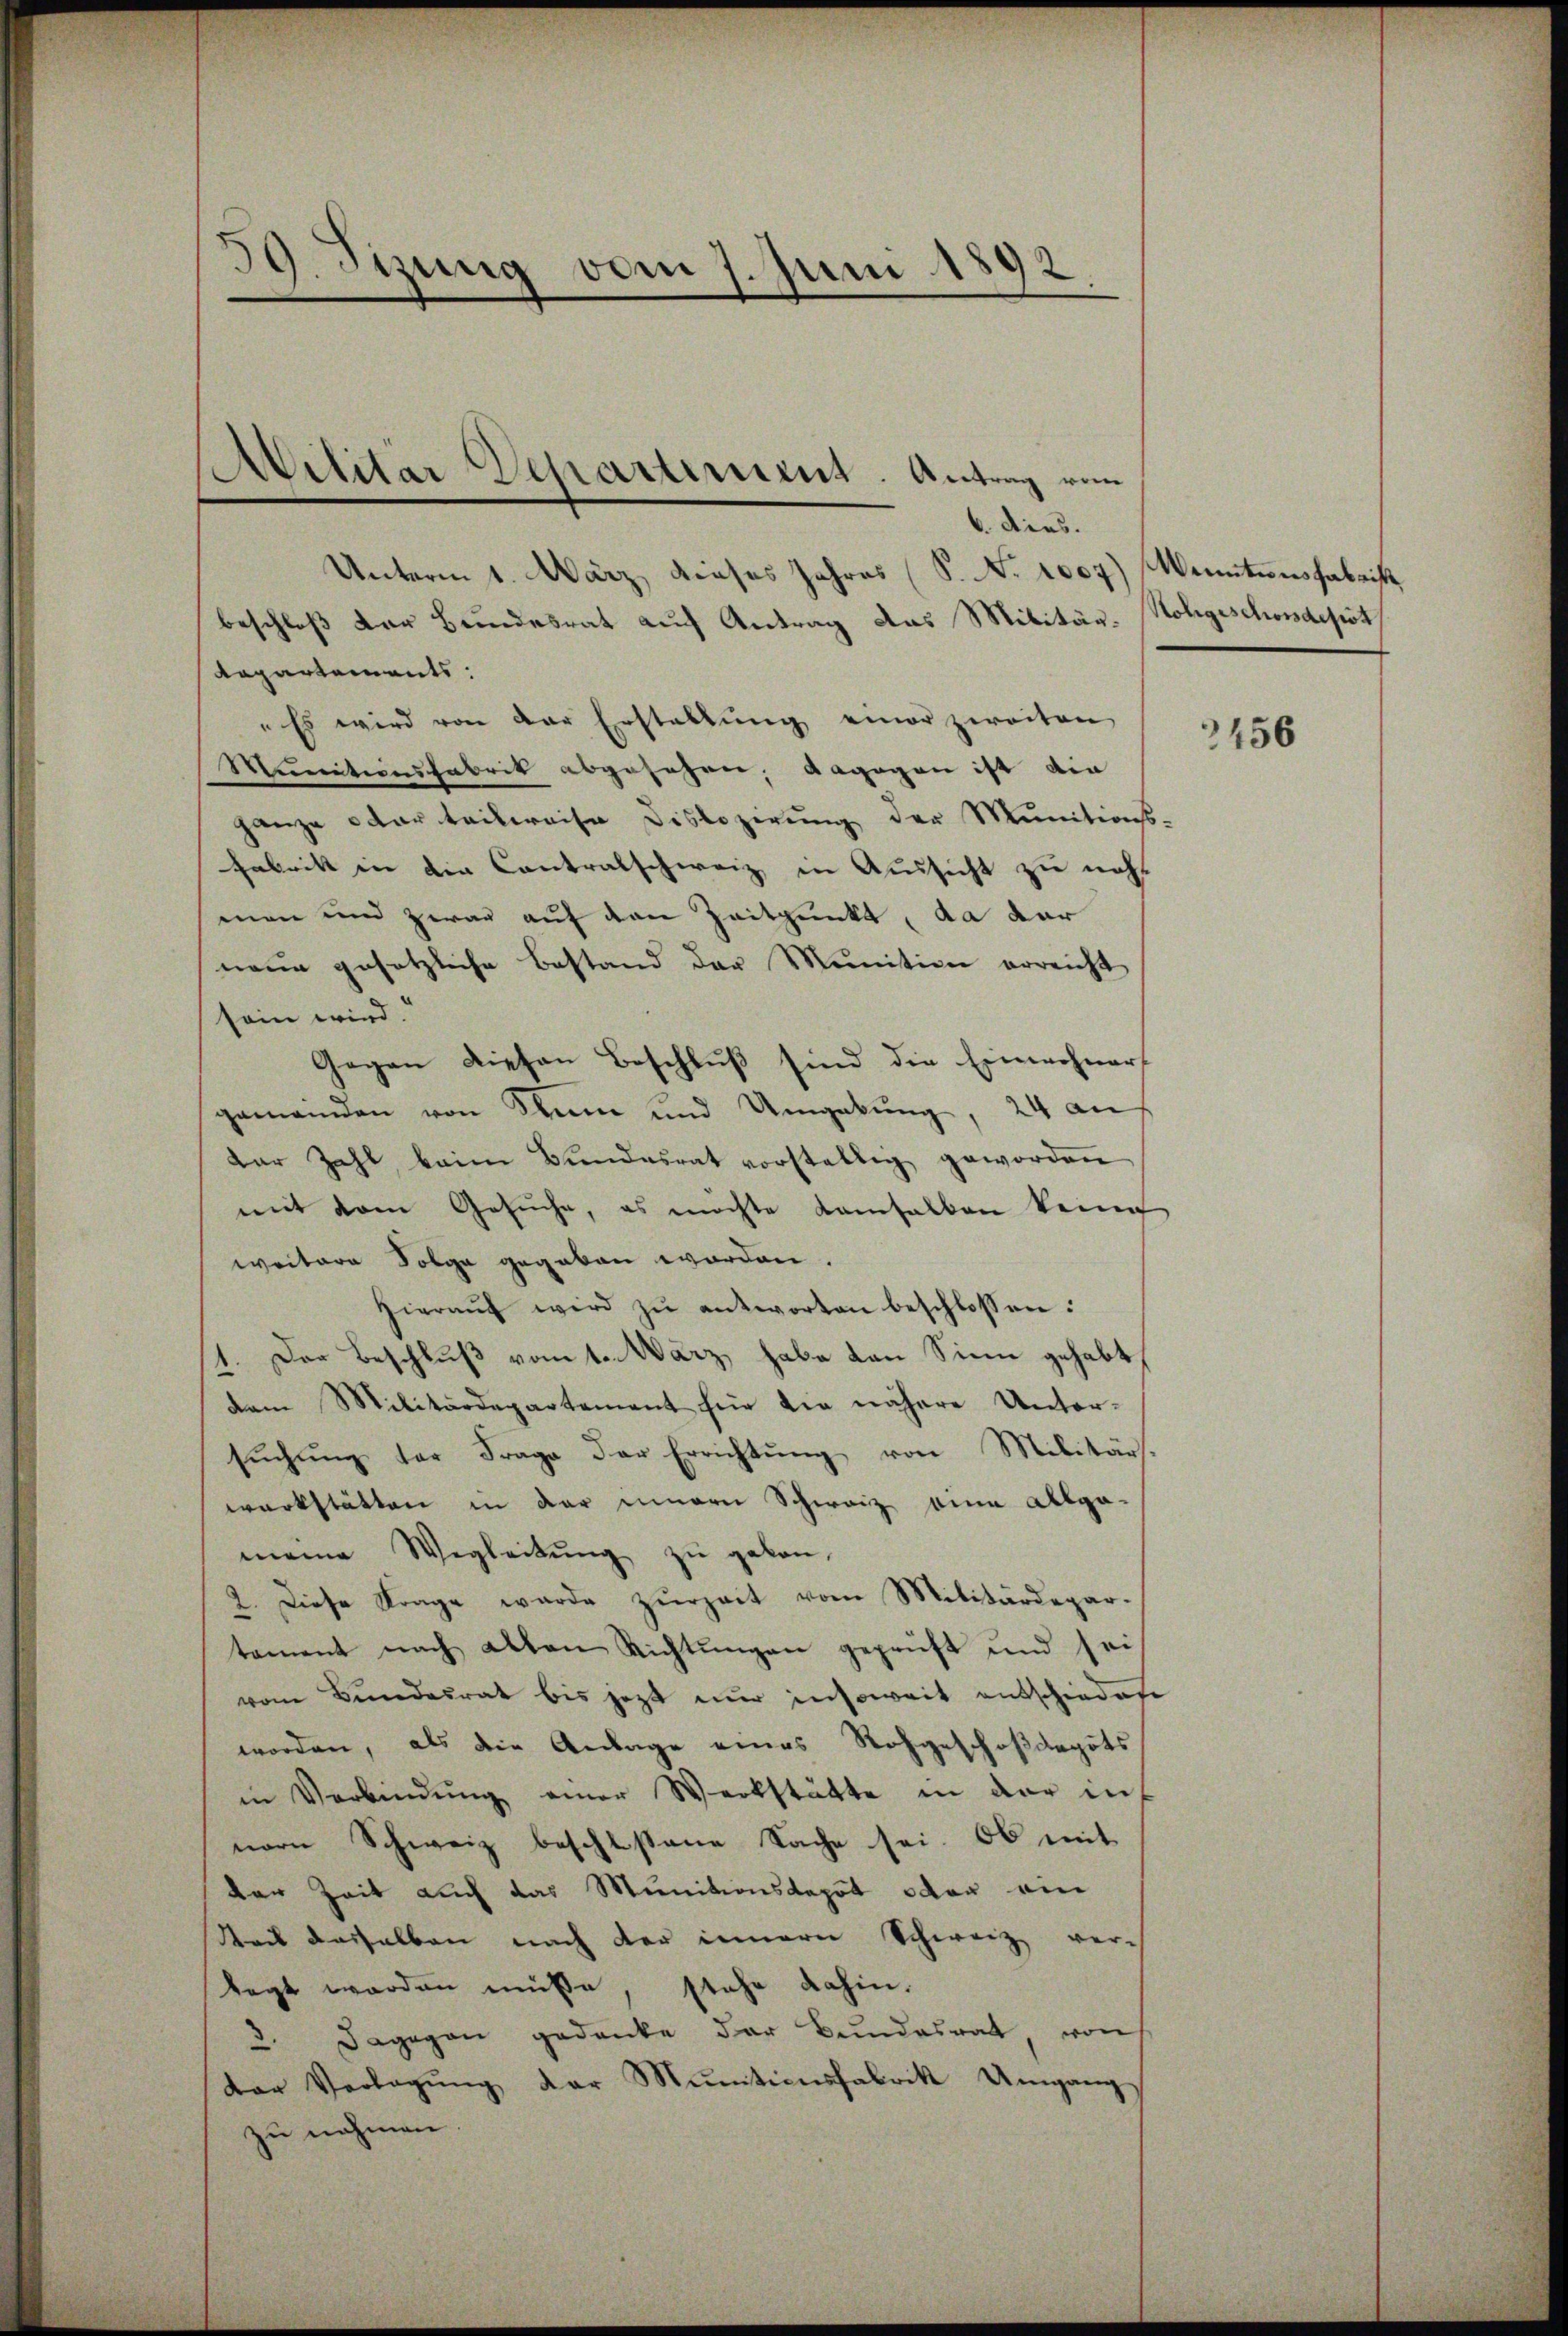
39. Sizung vom 7. Juni 1892

6. dies.
Unterm 1. März, dieses Jahres (S. No. 1007) Wenntens Fabrik
beschloß der Bundesrat auch Antrag das Militär-Nohgeschonsdeput
Rapartements:
" Es wird von der Erstaltung einer zweiten
Munitionsfabrik abgesehen; dagegen ist die
ganze oder teilweise Dislozerung der Munitions-
Fabrik in die Contralschweiz in Aussicht zu nicht
men und zwar auf den Zeitpunkt, da dar
neue gesetzliche Bestand der Munition erreicht
sein wird.
Gegen diesen Beschluß sind die Einwohner-
gemeinden von Seine und Umgebung, 24 an
Dar Zahl beim Bŭndesrat vorstellig geworden
mit vom Gesuche, es möchte kamsalben keine
weitere Folge gegeben worden.
Hieraŭf wird zŭ antworten beschlossen:
1. Der Beschluß vom 1. März habe von Sinn gehabt
dem Militärdepartement für die nähere Unter-
sŭchŭng der Frage der Errichtŭng von Militärs.
werkstätten in der innern Schweiz eine allge-
meine Wegleitŭng zu geben.
2. Diese Frage wurde zŭrzeit vom Militärdepar-
tament nach alten Richtŭngen geprüft und sei
vom Bundesrat bis jetzt nur insoweit entschiedete
worden, als die Anlage eines Rohgeschoßdeguts
in Verbindŭng einer Werkstätte in der in
nern Schweiz beschlossene Sache sei. Ob mit
der Zeit auch das Munitionsdepot oder ein
Seit dasselben nach der innern Schweiz ver-
legt worden müsse, stehe dahin.
2. Dagegen gedanke der Bundesrat von
der Vorlegŭng der Munitionsfabrik Umgang
zu nehmen.

Militar Departiment. Antrag vom

3456